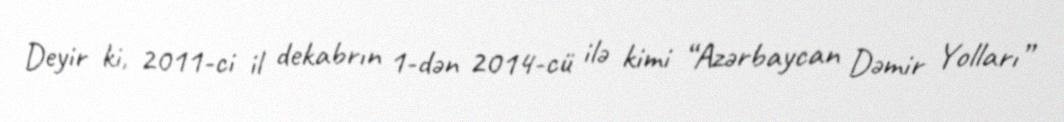
Deyir ki, 2011-ci il dekabrın 1-dən 2014-cü ilə kimi “Azərbaycan Dəmir Yolları”